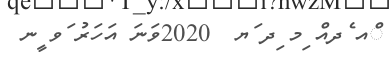
ްއ ެދއް ިމ ިދ ަޔ  2020ވަނަ އަހަރު ަވ ީނ